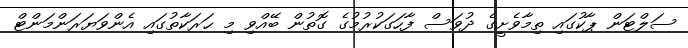
ސަލްޓަން ޕާކުގައި ތިމާވެށީގެ ދުވަސް ފާހަގަކުރުމުގެ ގޮތުން ބޭއްވި މި ޙަރަކާތުގައި އެންވަޔަރަންމަންޓް